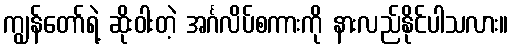
ကျွန်တော်ရဲ့ ဆိုးဝါးတဲ့ အင်္ဂလိပ်စကားကို နားလည်နိုင်ပါသလား။